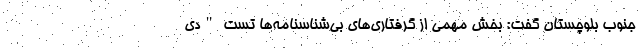
جنوب بلوچستان گفت: بخش مهمی از گرفتاری‌های بی‌شناسنامه‌ها تست "دی